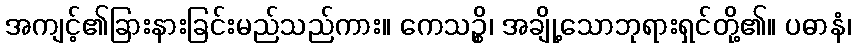
အကျင့်၏ခြားနားခြင်းမည်သည်ကား။ ကေသဉ္စိ၊ အချို့သောဘုရားရှင်တို့၏။ ပဓာနံ၊